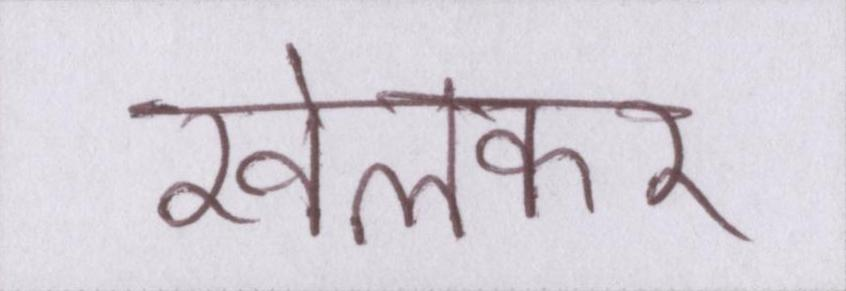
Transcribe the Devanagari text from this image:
खेलकर